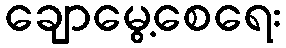
ချောမွေ့စေရေး